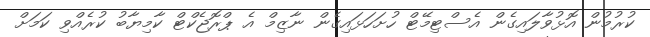
ކުރުމުން އޮޅުވާލައިގެން އެސްޓިމޭޓް ހުށަހަޅައިގެން ނާޒިމް އެ ޕްރޮޖެކްޓް ކާމިޔާބު ކުރެއްވި ކަމަށް